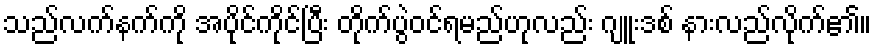
သည်လက်နက်ကို အပိုင်ကိုင်ပြီး တိုက်ပွဲဝင်ရမည်ဟုလည်း ဂျူးဒစ် နားလည်လိုက်၏။